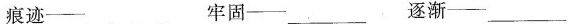
痕迹—___ 牢固—___ 逐渐—___